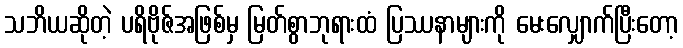
သဘိယဆိုတဲ့ ပရိဗိုဇ်အဖြစ်မှ မြတ်စွာဘုရားထံ ပြဿနာများကို မေးလျှောက်ပြီးတော့